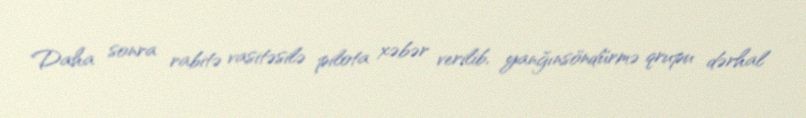
Daha sonra rabitə vasitəsilə pilota xəbər verilib, yanğınsöndürmə qrupu dərhal